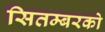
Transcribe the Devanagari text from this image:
सितम्बरको